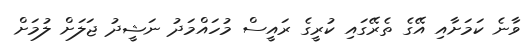
ވާނެ ކަމަށާއި އޭގެ ތެރޭގައި ކުރީގެ ރައީސް މުހައްމަދު ނަޝީދު ޖަލަށް ލުމަށް